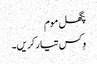
پگھل موم
وِکس تیار کریں۔